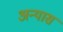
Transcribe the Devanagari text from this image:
अन्यास